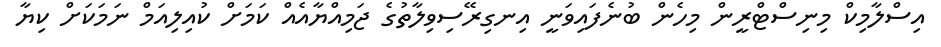
އިސްލާމިކް މިނިސްޓްރީން މިހެން ބުނެފައިވަނީ އިނގިރޭސިވިލާތުގެ ޖަމިއްޔާއެއް ކަމަށް ކުއިލިއަމް ނަމަކަށް ކިޔާ